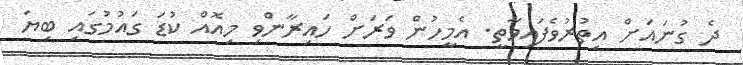
ދެ ގުނައަށް އިތުރުވެފައިވާތީ. އެމީހުން ވަރަށް ހައިރާންވި މިއޮއް ކުޑަ ގައުމުގައި ބިޔަ